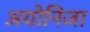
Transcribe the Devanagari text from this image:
अयोनिजा